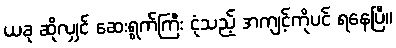
ယခု ဆိုလျှင် ဆေးရွက်ကြီး ငုံသည့် အကျင့်ကိုပင် ရနေပြီ။